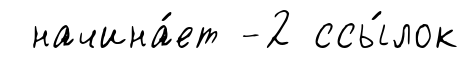
начина́ет -2 ссы́лок